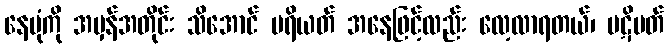
နေပုံကို အမှန်အတိုင်း သိအောင် ပရိယတ် အနေဖြင့်လည်း လေ့လာရတယ်၊ ပဋိပတ်